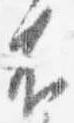
不